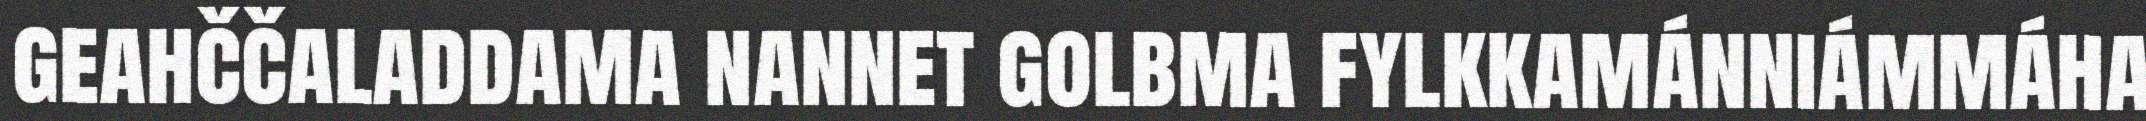
geahččaladdama nannet golbma fylkkamánniámmáha